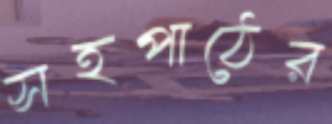
সহপাঠের